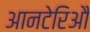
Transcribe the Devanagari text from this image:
आनटेरिऔ